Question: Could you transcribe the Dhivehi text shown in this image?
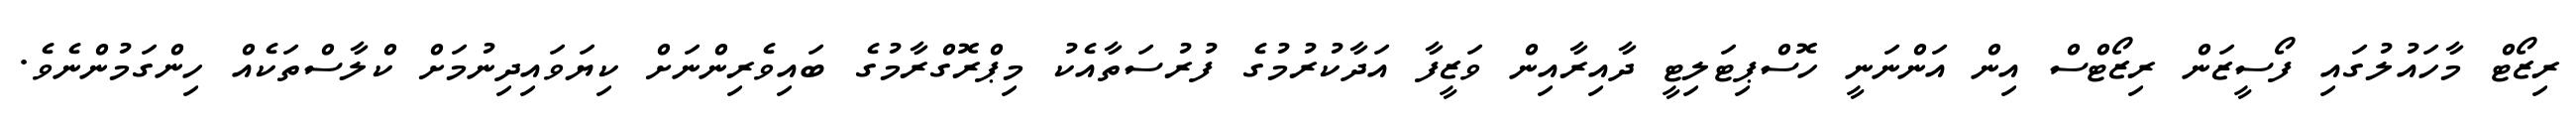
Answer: ރިޒޯޓް މާހައުލުގައި ފޯސީޒަން ރިޒޯޓްސް އިން އަންނަނީ ހޮސްޕިޓަލިޓީ ދާއިރާއިން ވަޒީފާ އަދާކުރުމުގެ ފުރުސަތާއެކު މިޕްރޮގްރާމުގެ ބައިވެރިންނަށް ކިޔަވައިދިނުމަށް ކްލާސްތަކެއް ހިންގަމުންނެވެ.